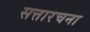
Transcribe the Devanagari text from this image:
सत्तारचना